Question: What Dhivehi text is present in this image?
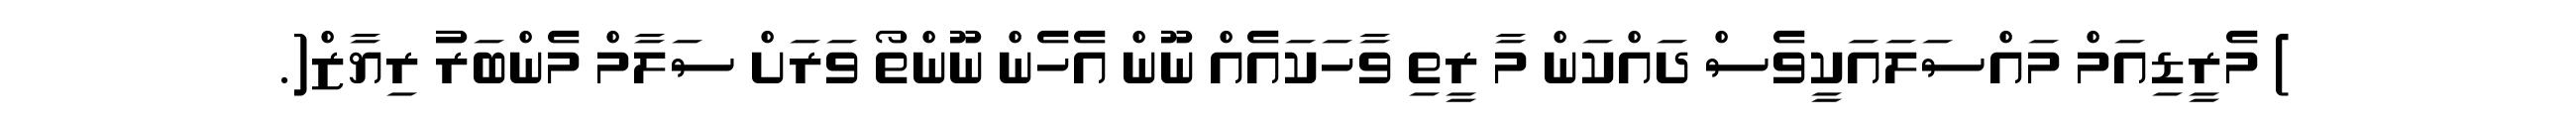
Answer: ) މެރީޑިއަމް މައްސަލައަކީވެސް ދައްކަން މާ ރީތި ވާހަކައެއް ނޫން އެހެން ނޫންތޯ ވަރަށް ސަލާމް މެންބަރު ރިޔާޒް(.